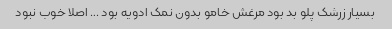
بسیار زرشک پلو بد بود مرغش خامو بدون نمک ادویه بود … اصلا خوب نبود